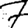
Digit: 7